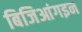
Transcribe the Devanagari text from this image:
बिजिआंगइन